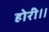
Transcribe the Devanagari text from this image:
होरी॥